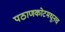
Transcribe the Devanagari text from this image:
पठाणकोटमधूनच